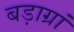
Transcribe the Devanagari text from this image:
बड़ाग्रां